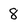
Character: 8